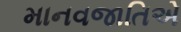
માનવજાતિએ